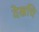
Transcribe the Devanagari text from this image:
देखचि